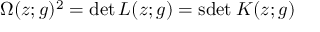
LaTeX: \Omega ( z ; g ) ^ { 2 } = \operatorname * { d e t } L ( z ; g ) = \mathrm { s d e t } \: K ( z ; g )